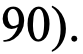
90).